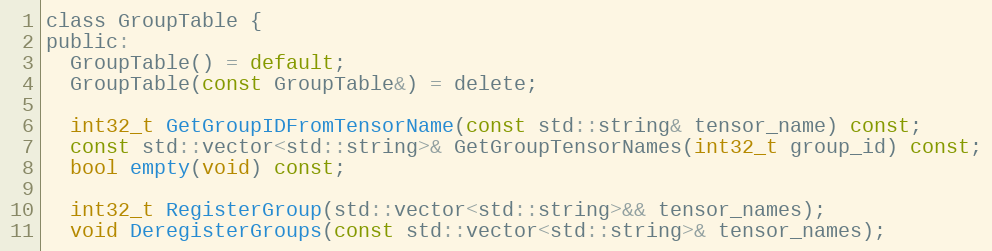
Language: C
class GroupTable {
public:
  GroupTable() = default;
  GroupTable(const GroupTable&) = delete;

  int32_t GetGroupIDFromTensorName(const std::string& tensor_name) const;
  const std::vector<std::string>& GetGroupTensorNames(int32_t group_id) const;
  bool empty(void) const;

  int32_t RegisterGroup(std::vector<std::string>&& tensor_names);
  void DeregisterGroups(const std::vector<std::string>& tensor_names);